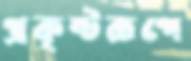
প্রকৃষ্টরূপে